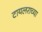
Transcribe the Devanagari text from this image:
टायलराच्या